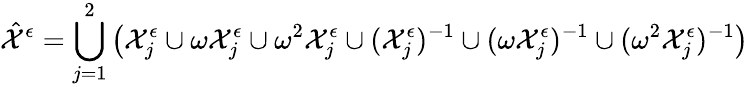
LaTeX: \hat{\mathcal{X}}^{\epsilon}=\bigcup_{j=1}^{2}\big(\mathcal{X}_{j}^{\epsilon}\cup\omega\mathcal{X}_{j}^{\epsilon}\cup\omega^{2}\mathcal{X}_{j}^{\epsilon}\cup(\mathcal{X}_{j}^{\epsilon})^{-1}\cup(\omega\mathcal{X}_{j}^{\epsilon})^{-1}\cup(\omega^{2}\mathcal{X}_{j}^{\epsilon})^{-1}\big)